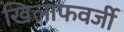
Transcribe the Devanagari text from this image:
खिलाफवर्जी